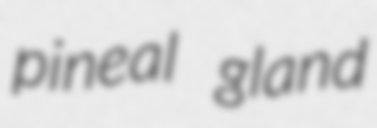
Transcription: pineal gland